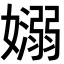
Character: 𡣄